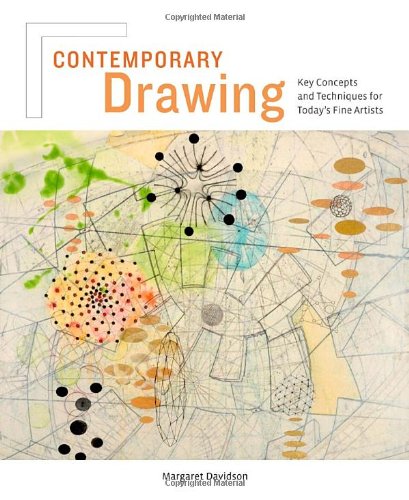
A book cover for Contemporary Drawing: Key Concepts and Techniques; Margaret Davidson; Arts & Photography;